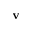
\mathbf { v }